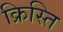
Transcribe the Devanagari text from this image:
क्रिस्ति